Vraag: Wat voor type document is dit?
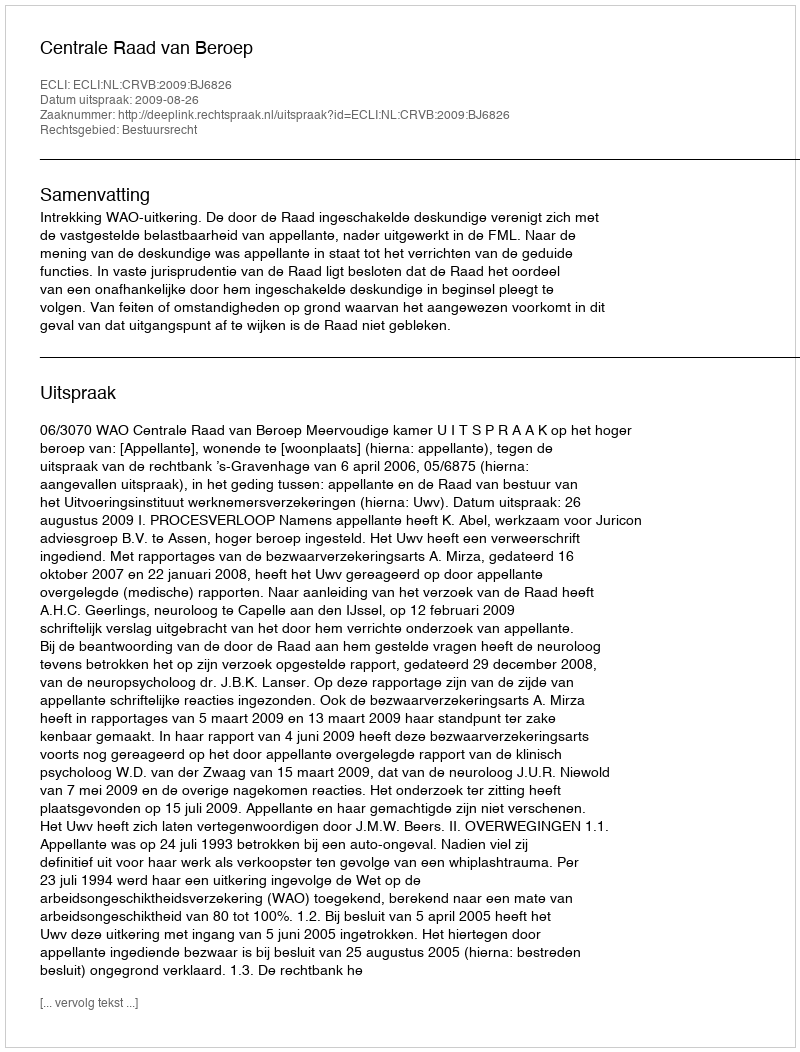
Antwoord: Uitspraak